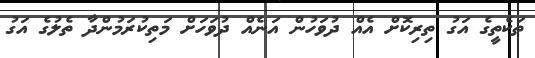
ތަކެތީގެ އަގު ތިރިކޮށް އެއް ދުވަހުން އަނެއް ދުވަހަށް މަތިކުރަމުންދާ ތެލުގެ އަގު